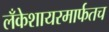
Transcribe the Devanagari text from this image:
लँकेशायरमार्फतच